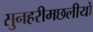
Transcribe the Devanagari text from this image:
सुनहरीमछलीयों